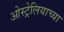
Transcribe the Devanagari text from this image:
ओस्ट्रेलियाच्या